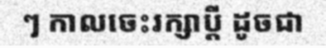
ៗ កាលចេះរក្សាប្តី ដូចជា